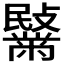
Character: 𪓍